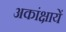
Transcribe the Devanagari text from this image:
अकांक्षायें